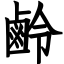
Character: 鹷